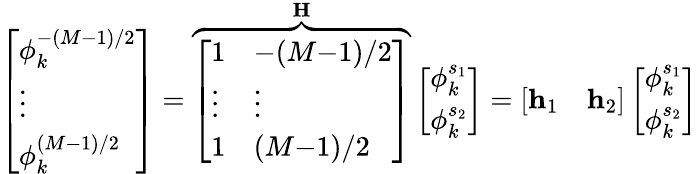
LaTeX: \left[\begin{array}{l}{\phi_{k}^{-(M-1)/2}}\\ {\vdots}\\ {\phi_{k}^{(M-1)/2}}\end{array}\right]=\overbrace{\left[\begin{array}{ll}{1}&{-(M{-}1)/2}\\ {\vdots}&{\vdots}\\ {1}&{(M{-}1)/2}\end{array}\right]}^{\mathbf{H}}\left[\begin{array}{l}{\phi_{k}^{s_{1}}}\\ {\phi_{k}^{s_{2}}}\end{array}\right]=\left[\begin{array}{ll}{\mathbf{h}_{1}}&{\mathbf{h}_{2}}\end{array}\right]\left[\begin{array}{l}{\phi_{k}^{s_{1}}}\\ {\phi_{k}^{s_{2}}}\end{array}\right]